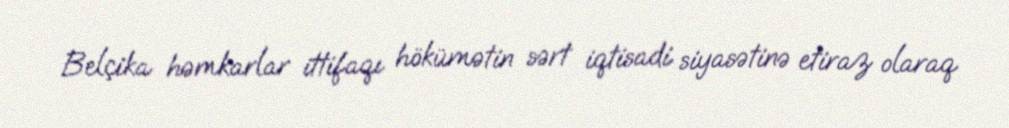
Belçika həmkarlar ittifaqı hökümətin sərt iqtisadi siyasətinə etiraz olaraq